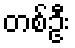
တစ်ဦး